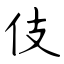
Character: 伎